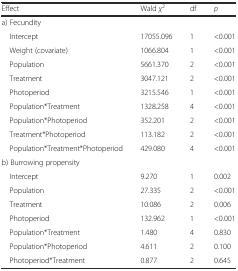
| Effect | Wald χ2 | df | p |
 | --- | --- | --- | --- |
 | a) Fecundity |  |  |  |
 | Intercept | 17055.096 | 1 | <0.001 |
 | Weight (covariate) | 1066.804 | 1 | <0.001 |
 | Population | 5661.370 | 2 | <0.001 |
 | Treatment | 3047.121 | 2 | <0.001 |
 | Photoperiod | 3215.546 | 1 | <0.001 |
 | Population*Treatment | 1328.258 | 4 | <0.001 |
 | Population*Photoperiod | 352.201 | 2 | <0.001 |
 | Treatment*Photoperiod | 113.182 | 2 | <0.001 |
 | Population*Treatment*Photoperiod | 429.080 | 4 | <0.001 |
 | b) Burrowing propensity |  |  |  |
 | Intercept | 9.270 | 1 | 0.002 |
 | Population | 27.335 | 2 | <0.001 |
 | Treatment | 10.086 | 2 | 0.006 |
 | Photoperiod | 132.962 | 1 | <0.001 |
 | Population*Treatment | 1.480 | 4 | 0.830 |
 | Population*Photoperiod | 4.611 | 2 | 0.100 |
 | Photoperiod*Treatment | 0.877 | 2 | 0.645 |